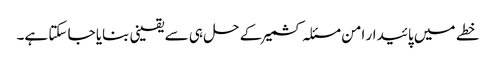
خطے میں پائیدار امن مسئلہ کشمیر کے حل ہی سے یقینی بنایا جا سکتا ہے۔